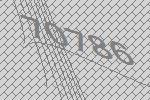
70786